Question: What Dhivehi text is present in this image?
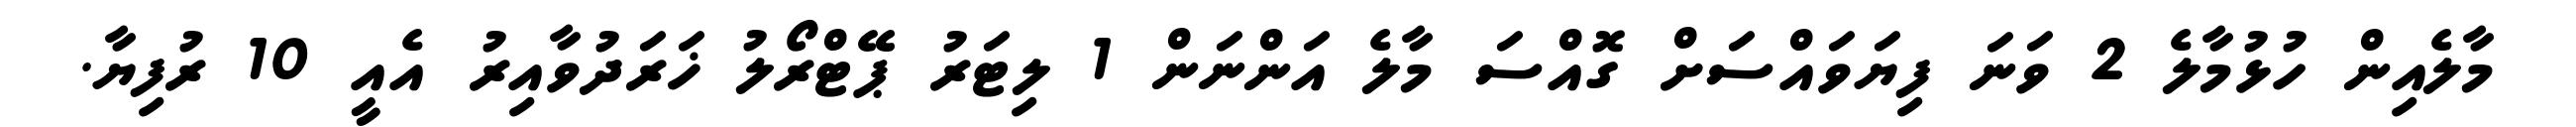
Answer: މާލެއިން ހުޅުމާލެ 2 ވަނަ ފިޔަވައްސަށް ގޮއްސަ މާލެ އަންނަން 1 ލިޓަރު ޕޭޓްރޯލު ޚަރަދުވާއިރު އެއީ 10 ރުފިޔާ.